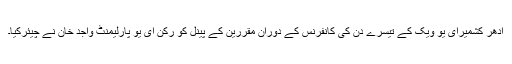
ادھر کشمیرای یو ویک کے تیسرے دن کی کانفرنس کے دوران مقررین کے پینل کو رکن ای یو پارلیمنٹ واجد خان نے چیئرکیا۔